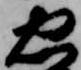
忠